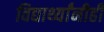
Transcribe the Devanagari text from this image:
विद्यार्थ्यांनीही